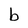
Character: b